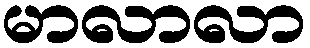
မာလာလာ